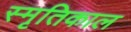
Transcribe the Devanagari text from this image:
स्मृतिकाल